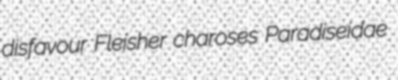
disfavour Fleisher charoses Paradiseidae